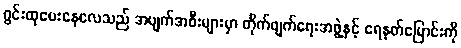
ဂွင်းထုပေးနေလေသည် အပျက်အစီးများမှာ တိုက်ဖျက်ရေးအဖွဲ့နှင့် ရေနုတ်မြောင်းကို